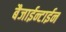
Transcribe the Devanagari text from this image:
बैजाईन्टाईन